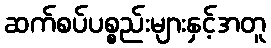
ဆက်စပ်ပစ္စည်းများနှင့်အတူ